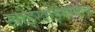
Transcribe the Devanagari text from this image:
खोईखोईगोवाब